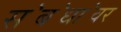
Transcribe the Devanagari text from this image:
स॓ब॓धा॓वर